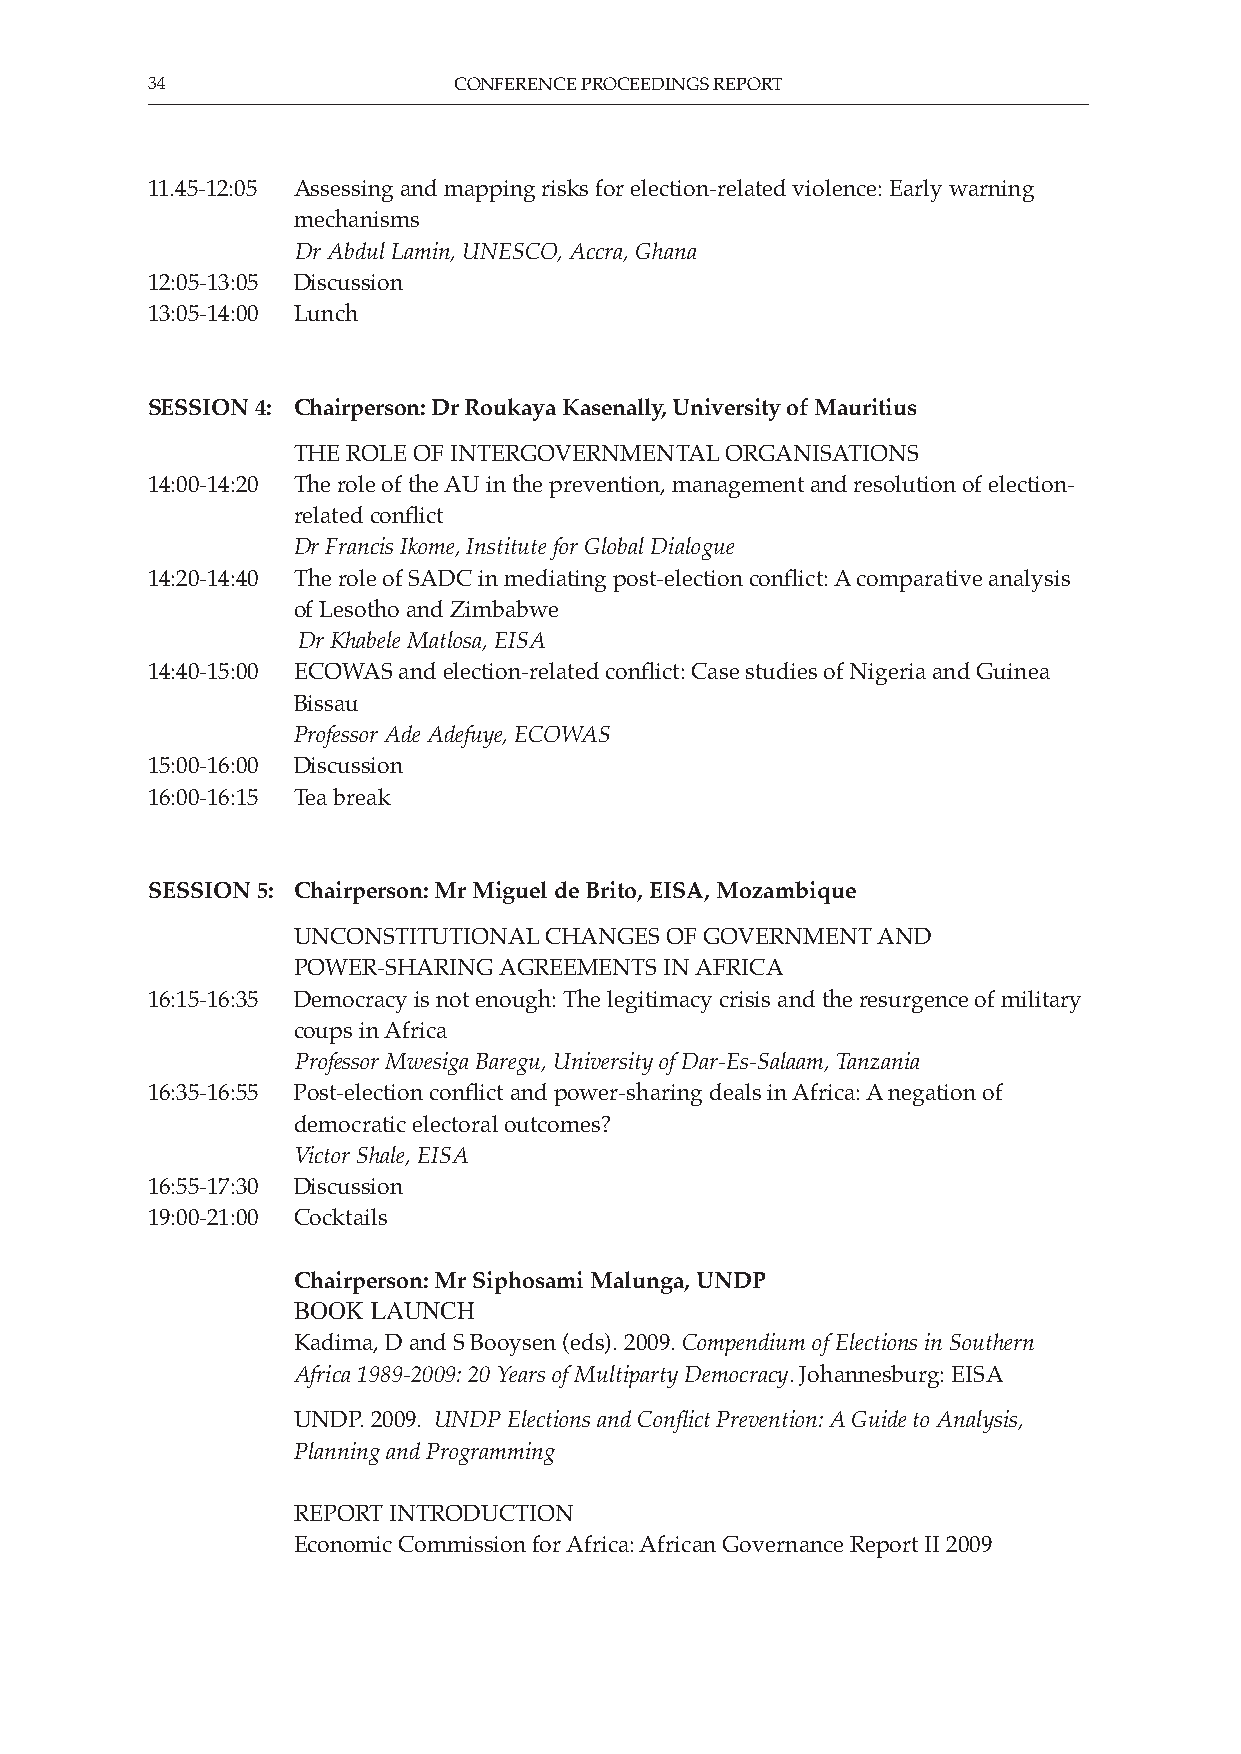
34                  CONFERENCE PROCEEDINGS REPORT
 11.45-12:05 Assessing and mapping risks for election-related violence: Early warning
 mechanisms
 Dr Abdul Lamin, UNESCO, Accra, Ghana
 12:05-13:05 Discussion
 13:05-14:00 Lunch
 SESSION 4: Chairperson: Dr Roukaya Kasenally, University of Mauritius
 THE ROLE OF INTERGOVERNMENTAL ORGANISATIONS
 14:00-14:20 The role of the AU in the prevention, management and resolution of election-
 related conflict
 Dr Francis Ikome, Institute for Global Dialogue
 14:20-14:40 The role of SADC in mediating post-election conflict: A comparative analysis
 of Lesotho and Zimbabwe
 Dr Khabele Matlosa, EISA
 14:40-15:00 ECOWAS and election-related conflict: Case studies of Nigeria and Guinea
 Bissau
 Professor Ade Adefuye, ECOWAS
 15:00-16:00 Discussion
 16:00-16:15 Tea break
 SESSION 5: Chairperson: Mr Miguel de Brito, EISA, Mozambique
 UNCONSTITUTIONAL CHANGES OF GOVERNMENT AND
 POWER-SHARING AGREEMENTS IN AFRICA
 16:15-16:35 Democracy is not enough: The legitimacy crisis and the resurgence of military
 coups in Africa
 Professor Mwesiga Baregu, University of Dar-Es-Salaam, Tanzania
 16:35-16:55 Post-election conflict and power-sharing deals in Africa: A negation of
 democratic electoral outcomes?
 Victor Shale, EISA
 16:55-17:30 Discussion
 19:00-21:00 Cocktails
 Chairperson: Mr Siphosami Malunga, UNDP
 BOOK  LAUNCH
 Kadima, D and S Booysen (eds). 2009. Compendium of Elections in Southern
 Africa 1989-2009: 20 Years of Multiparty Democracy. Johannesburg: EISA
 UNDP. 2009. UNDP Elections and Conflict Prevention: A Guide to Analysis,
 Planning and Programming
 REPORT INTRODUCTION
 Economic Commission for Africa: African Governance Report II 2009